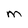
Character: M